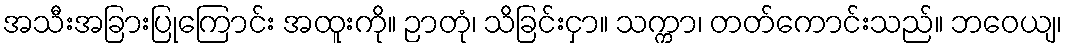
အသီးအခြားပြုကြောင်း အထူးကို။ ဉာတုံ၊ သိခြင်းငှာ။ သက္ကာ၊ တတ်ကောင်းသည်။ ဘဝေယျ၊